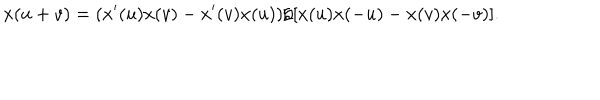
LaTeX: x ( u + v ) = ( x ^ { \prime } ( u ) x ( v ) - x ^ { \prime } ( v ) x ( u ) ) / [ x ( u ) x ( - u ) - x ( v ) x ( - v ) ] .